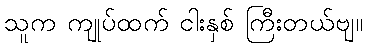
သူက ကျုပ်ထက် ငါးနှစ် ကြီးတယ်ဗျ။